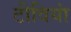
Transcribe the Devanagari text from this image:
टीवियां